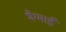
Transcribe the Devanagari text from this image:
मैग्माई